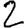
Digit: 2